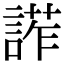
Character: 𧩳